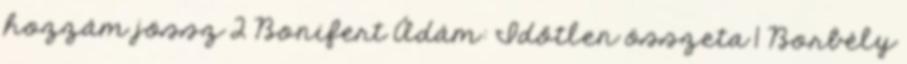
hozzám jössz 2 Bonifert Ádám: Időtlen összeta 1 Borbély